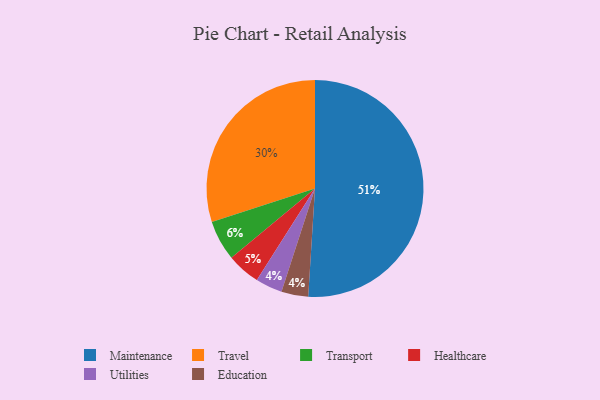
{"axis": {"x": "Category", "y": "Percentage"}, "legend": ["Education", "Healthcare", "Maintenance", "Transport", "Travel", "Utilities"], "data": [{"x": "Maintenance", "y": 51, "type": "Maintenance"}, {"x": "Travel", "y": 30, "type": "Travel"}, {"x": "Utilities", "y": 4, "type": "Utilities"}, {"x": "Transport", "y": 6, "type": "Transport"}, {"x": "Education", "y": 4, "type": "Education"}, {"x": "Healthcare", "y": 5, "type": "Healthcare"}]}